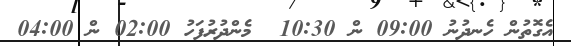
އެގޮތުން ހެނދުނު 09:00 ން 10:30  މެންދުރުފަހު 02:00 ން 04:00